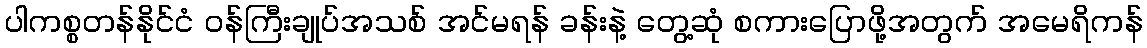
ပါကစ္စတန်နိုင်ငံ ဝန်ကြီးချုပ်အသစ် အင်မရန် ခန်းနဲ့ တွေ့ဆုံ စကားပြောဖို့အတွက် အမေရိကန်